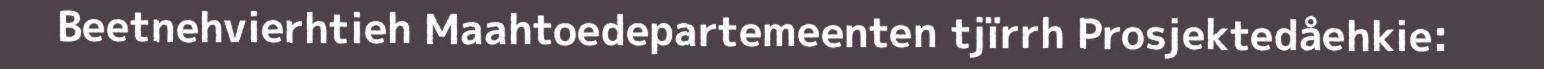
Beetnehvierhtieh Maahtoedepartemeenten tjïrrh Prosjektedåehkie: